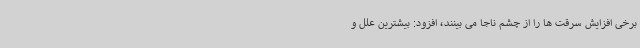
برخی افزایش سرقت ها را از چشم ناجا می بینند، افزود: بیشترین علل و